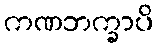
ကဏဘက္ခာပိ